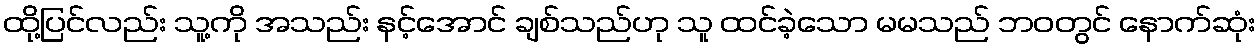
ထို့ပြင်လည်း သူ့ကို အသည်း နင့်အောင် ချစ်သည်ဟု သူ ထင်ခဲ့သော မမသည် ဘဝတွင် နောက်ဆုံး